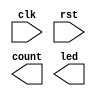
`timescale 1ns / 1ps
//////////////////////////////////////////////////////////////////////////////////
// Company: 
// Engineer: 
// 
// Design Name: 
// Module Name:    Part2_clock_divider 
// Project Name: 
// Target Devices: 
// Tool versions: 
// Description: 
//
// Dependencies: 
//
// Revision: 
// Revision 0.01 - File Created
// Additional Comments: 
//
//////////////////////////////////////////////////////////////////////////////////
module Part2_clock_divider(
    input clk,
    input rst,
    output [2:0] count,
    output led
    );


endmodule